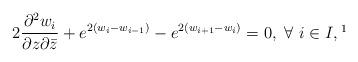
LaTeX: \begin{align*}2\frac{\partial^2w_i}{\partial z\partial \bar z}+e^{2(w_i-w_{i-1})}-e^{2(w_{i+1}-w_i)}=0, \ \forall \ i\in I, \footnote{Here we set $w_{i}=w_{n+1+i}$ for any $i\in\mathbb{N}\cup\{0\}$.}\end{align*}